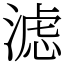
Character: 滤